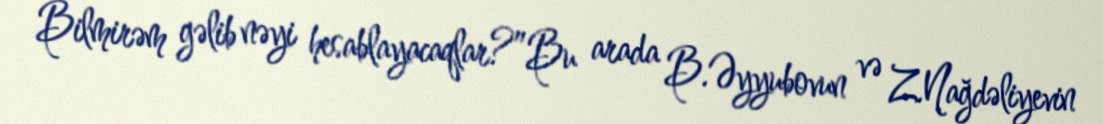
Bilmirəm gəlib nəyi hesablayacaqlar?”Bu arada B.Əyyubovun və Z.Nağdəliyevin